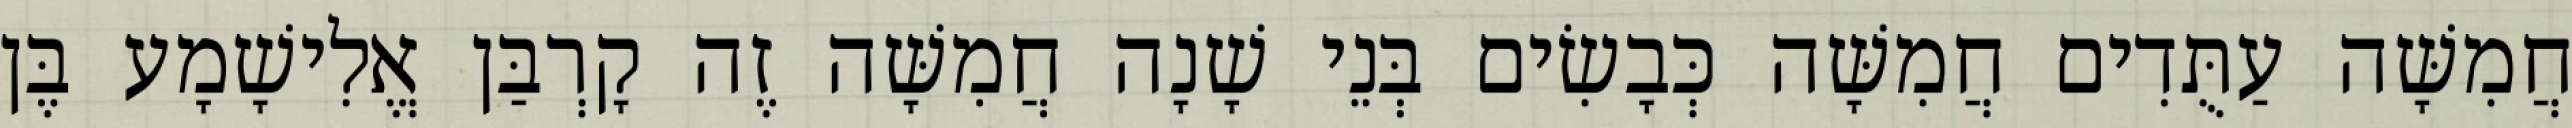
חֲמִשָּׁה עַתֻּדִים חֲמִשָּׁה כְּבָשִׂים בְּנֵי שָׁנָה חֲמִשָּׁה זֶה קָרְבַּן אֱלִישָׁמָע בֶּן